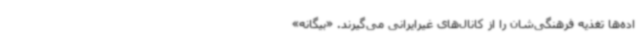
اده‌ها تغذیه فرهنگی‌شان را از کانال‌های غیرایرانی می‌گیرند. «بیگانه»